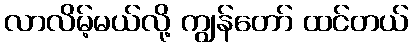
လာလိမ့်မယ်လို့ ကျွန်တော် ထင်တယ်